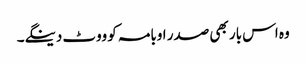
وہ اس بار بھی صدر اوبامہ کو ووٹ دینگے۔